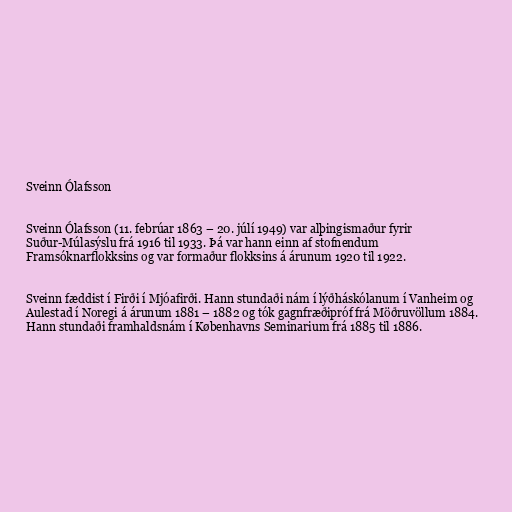
Sveinn Ólafsson

Sveinn Ólafsson (11. febrúar 1863 – 20. júlí 1949) var alþingismaður fyrir
Suður-Múlasýslu frá 1916 til 1933. Þá var hann einn af stofnendum
Framsóknarflokksins og var formaður flokksins á árunum 1920 til 1922.

Sveinn fæddist í Firði í Mjóafirði. Hann stundaði nám í lýðháskólanum í Vanheim og
Aulestad í Noregi á árunum 1881 – 1882 og tók gagnfræðipróf frá Möðruvöllum 1884.
Hann stundaði framhaldsnám í Københavns Seminarium frá 1885 til 1886.